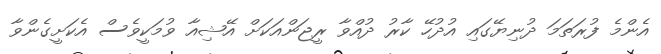
އެންމެ ފުރަތަމަ ދުނިޔޭގައި އުދުހޭ ކާރު ދުއްވާ ރީޖަންއަކަށް އޭޝިއާ ވުމަކީވެސް އެކަށީގެންވާ